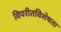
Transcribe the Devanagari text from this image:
विपरीतविशेषता